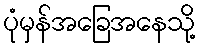
ပုံမှန်အခြေအနေသို့